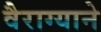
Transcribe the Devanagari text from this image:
वैराग्याने